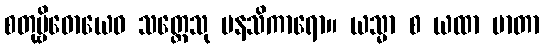
စတုဗ္ဗိဓောယေဝ သတ္တေသု မနသိကာရော။ ယသ္မာ စ ယထာ မာတာ